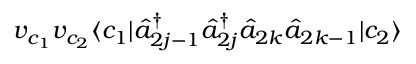
v _ { c _ { 1 } } v _ { c _ { 2 } } \langle c _ { 1 } | \hat { a } _ { 2 j - 1 } ^ { \dagger } \hat { a } _ { 2 j } ^ { \dagger } \hat { a } _ { 2 k } \hat { a } _ { 2 k - 1 } | c _ { 2 } \rangle